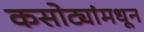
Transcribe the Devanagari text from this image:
कसोट्यांमधून